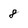
Character: 8